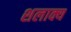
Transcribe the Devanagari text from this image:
शलाक्य